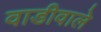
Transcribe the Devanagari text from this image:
वाडीवाले